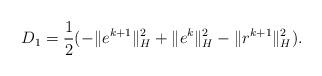
LaTeX: \begin{align*}D_1=\frac{1}{2}(-\|e^{k+1}\|_H^2+\|e^k\|_H^2-\|r^{k+1}\|_H^2).\end{align*}